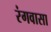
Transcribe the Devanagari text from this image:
रंगवासा